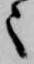
々